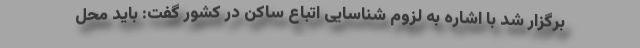
برگزار شد با اشاره به لزوم شناسایی اتباع ساکن در کشور گفت: باید محل